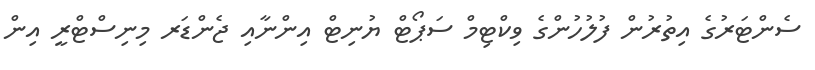
ސެންޓަރުގެ އިތުރުން ފުލުހުންގެ ވިކްޓިމް ސަޕޯޓް ޔުނިޓް އިންނާއި ޖެންޑަރ މިނިސްޓްރީ އިން